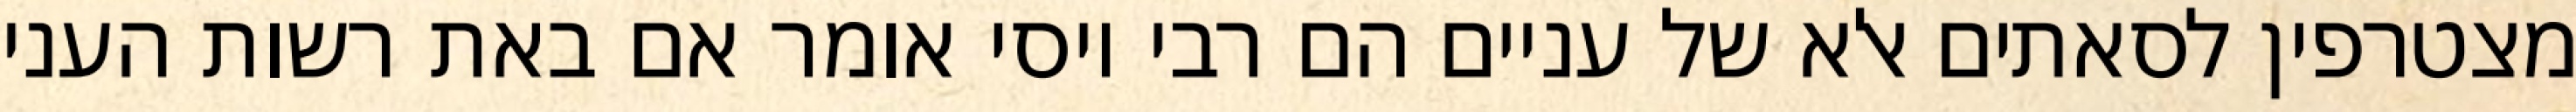
מצטרפין לסאתים אלא של עניים הם רבי יוסי אומר אם באת רשות העני